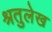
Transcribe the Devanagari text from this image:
श्रतुलेख